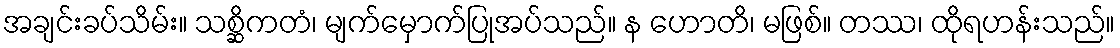
အချင်းခပ်သိမ်း။ သစ္ဆိကတံ၊ မျက်မှောက်ပြုအပ်သည်။ န ဟောတိ၊ မဖြစ်။ တဿ၊ ထိုရဟန်းသည်။